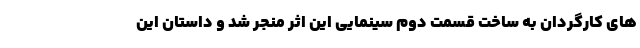
های کارگردان به ساخت قسمت دوم سینمایی این اثر منجر شد و داستان این